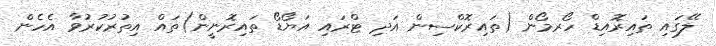
ލޭގައި ތައިރޮއިޑް ހޯރމޯން (ތައިރޮކްސިން އަދި ޓްރައި އަޔޯޑޯ ތައިރޮނީން)ތައް އިތުރުކުރުވާ އެހެން